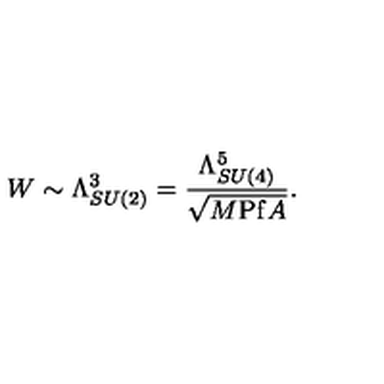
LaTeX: W \sim \Lambda _ { S U ( 2 ) } ^ { 3 } = { \frac { \Lambda _ { S U ( 4 ) } ^ { 5 } } { \sqrt { M \mathrm { P f } A } } } .